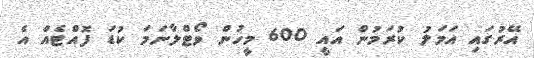
އޭރުގައި އަމަލު ކުރަމުން އައީ 600 މީހުން ވޯޓްލާނަމަ ކުޑަ ފޮއްޓެއް އެ